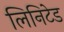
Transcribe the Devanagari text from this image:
लिनिटेड